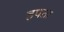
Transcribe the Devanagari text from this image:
हपता